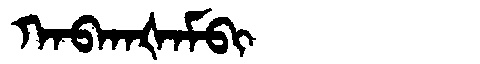
Manchu: ᡴᠠᠪᡴᠠᡧᠠᠮᠪᡳ
Romanization: KABKAŠAMBI